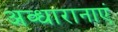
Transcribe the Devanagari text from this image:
अव्धारानाएं